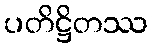
ပတိဋ္ဌိတဿ